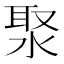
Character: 𣷗